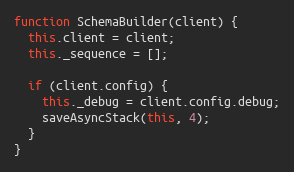
Language: JavaScript
function SchemaBuilder(client) {
  this.client = client;
  this._sequence = [];

  if (client.config) {
    this._debug = client.config.debug;
    saveAsyncStack(this, 4);
  }
}